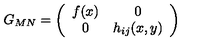
G _ { M N } = \left( \begin{array} { c c } { f ( x ) } & { 0 } \\ { 0 } & { h _ { i j } ( x , y ) } \\ \end{array} \right)